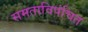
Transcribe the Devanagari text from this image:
समताविपंचित